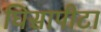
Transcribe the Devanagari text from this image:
घिसापीटा